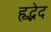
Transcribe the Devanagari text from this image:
हृद्भेद